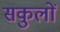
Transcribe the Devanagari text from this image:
सकुलों